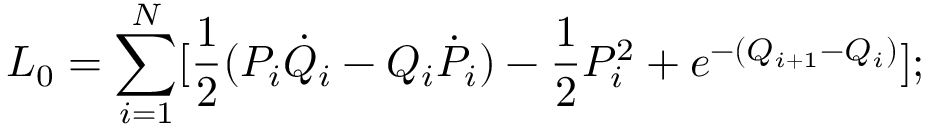
L _ { 0 } = \sum _ { i = 1 } ^ { N } [ { \frac { 1 } { 2 } } ( P _ { i } { \dot { Q } } _ { i } - Q _ { i } { \dot { P } } _ { i } ) - { \frac { 1 } { 2 } } P _ { i } ^ { 2 } + { e ^ { - ( Q _ { i + 1 } - Q _ { i } ) } } ] ;